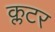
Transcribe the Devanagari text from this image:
क्लटर